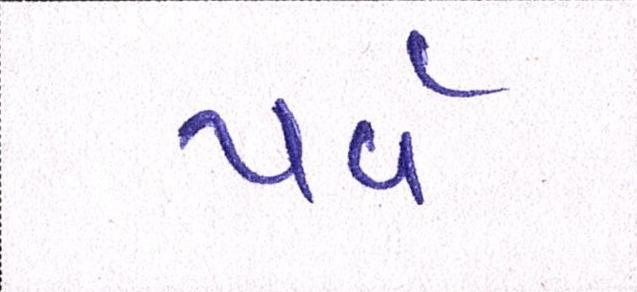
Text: પર્વ